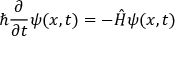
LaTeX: \hbar { \frac { \partial } { \partial t } } \psi ( x , t ) = - { \hat { H } } \psi ( x , t )